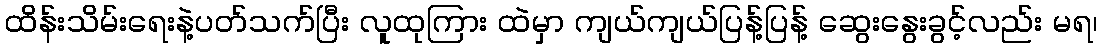
ထိန်းသိမ်းရေးနဲ့ပတ်သက်ပြီး လူထုကြား ထဲမှာ ကျယ်ကျယ်ပြန့်ပြန့် ဆွေးနွေးခွင့်လည်း မရ၊